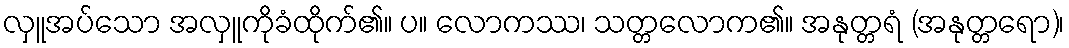
လှူအပ်သော အလှူကိုခံထိုက်၏။ ပ။ လောကဿ၊ သတ္တလောက၏။ အနုတ္တရံ (အနုတ္တရော)၊